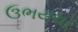
ઉભયચર